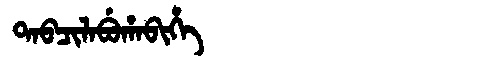
Manchu: ᡨᠠᠪᠴᡳᠯᠠᠪᡠᡥᠠᠪᡳᡥᡝ
Romanization: TABCILABUHABIHE